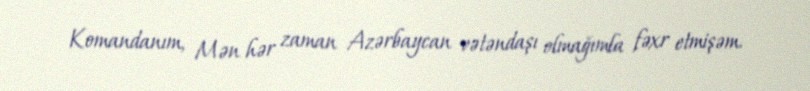
Komandanım, Mən hər zaman Azərbaycan vətəndaşı olmağımla fəxr etmişəm.